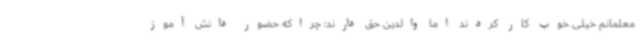
معلمانم خیلی خوب کار کردند اما والدین حق دارند؛ چراکه حضور دانش آموز